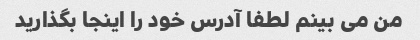
من می بینم لطفا آدرس خود را اینجا بگذارید